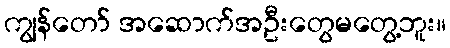
ကျွန်တော် အဆောက်အဦးတွေမတွေ့ဘူး။